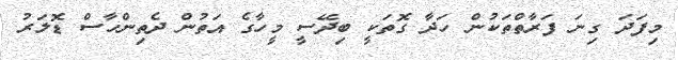
މިފަދަ ގިނަ ފަރާތްތަކުން ހަދާ ގޮތަކީ ބިދޭސީ މީހާގެ އަތުން ދެތިންހާސް ޑޮލަރު